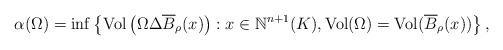
LaTeX: \begin{align*}\alpha(\Omega) = \inf\left\lbrace\mathrm{Vol}\left( \Omega\Delta \overline{B}_{\rho}(x)\right):x\in\mathbb{N}^{n+1}(K),\mathrm{Vol}(\Omega)=\mathrm{Vol}(\overline{B}_{\rho}(x)) \right\rbrace,\end{align*}